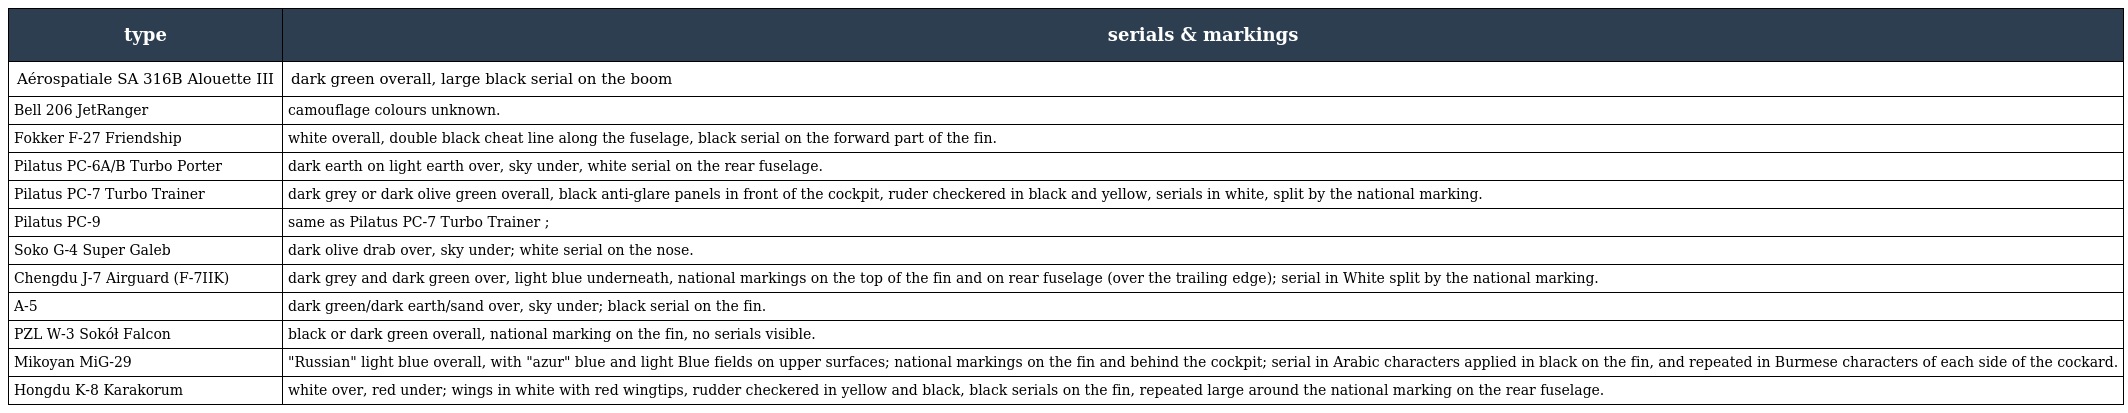
| type | serials & markings |
 | --- | --- |
 | Aérospatiale SA 316B Alouette III | dark green overall, large black serial on the boom |
 | Bell 206 JetRanger | camouflage colours unknown. |
 | Fokker F-27 Friendship | white overall, double black cheat line along the fuselage, black serial on the forward part of the fin. |
 | Pilatus PC-6A/B Turbo Porter | dark earth on light earth over, sky under, white serial on the rear fuselage. |
 | Pilatus PC-7 Turbo Trainer | dark grey or dark olive green overall, black anti-glare panels in front of the cockpit, ruder checkered in black and yellow, serials in white, split by the national marking. |
 | Pilatus PC-9 | same as Pilatus PC-7 Turbo Trainer ; |
 | Soko G-4 Super Galeb | dark olive drab over, sky under; white serial on the nose. |
 | Chengdu J-7 Airguard (F-7IIK) | dark grey and dark green over, light blue underneath, national markings on the top of the fin and on rear fuselage (over the trailing edge); serial in White split by the national marking. |
 | A-5 | dark green/dark earth/sand over, sky under; black serial on the fin. |
 | PZL W-3 Sokół Falcon | black or dark green overall, national marking on the fin, no serials visible. |
 | Mikoyan MiG-29 | "Russian" light blue overall, with "azur" blue and light Blue fields on upper surfaces; national markings on the fin and behind the cockpit; serial in Arabic characters applied in black on the fin, and repeated in Burmese characters of each side of the cockard. |
 | Hongdu K-8 Karakorum | white over, red under; wings in white with red wingtips, rudder checkered in yellow and black, black serials on the fin, repeated large around the national marking on the rear fuselage. |